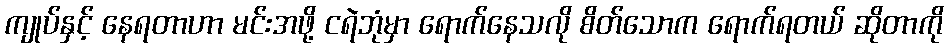
ကျုပ်နှင့် နေရတာဟာ မင်းအဖို့ ငရဲဘုံမှာ ရောက်နေသလို စိတ်သောက ရောက်ရတယ် ဆိုတာကို